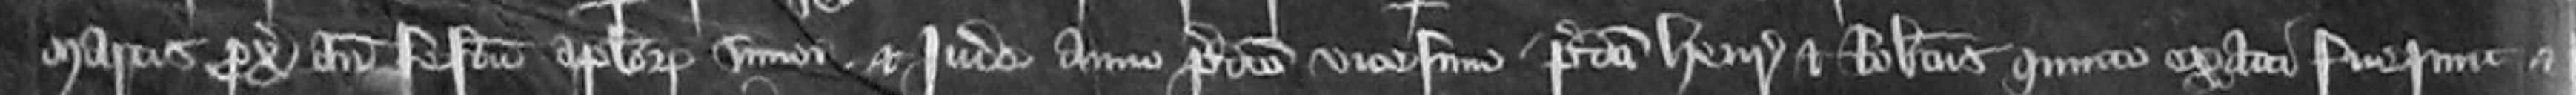
Martis proximo ante Festum Apostolorum Simon et Jude anno predicto vicesimo predicti Henricus et Robertus quinto exacti fuerunt et